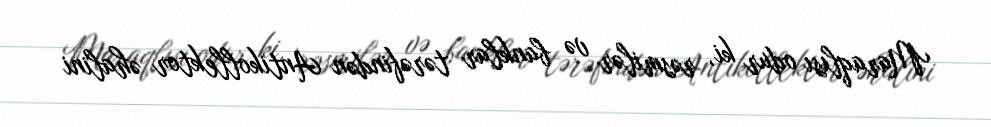
Maraqlısı odur ki, rəsmilər və banklar tərəfindən Antikollektor əhalini